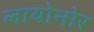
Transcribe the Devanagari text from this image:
लायोनोर